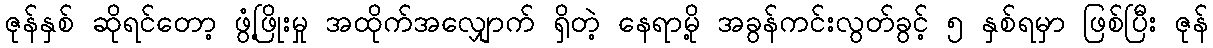
ဇုန်နှစ် ဆိုရင်တော့ ဖွံ့ဖြိုးမှု အထိုက်အလျှောက် ရှိတဲ့ နေရာမို့ အခွန်ကင်းလွတ်ခွင့် ၅ နှစ်ရမှာ ဖြစ်ပြီး ဇုန်